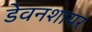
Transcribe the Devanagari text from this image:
डेवनशायर